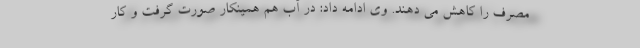
مصرف را کاهش می دهند. وی ادامه داد: در آب هم همینکار صورت گرفت و کار